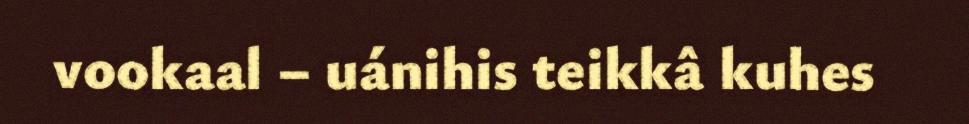
vookaal – uánihis teikkâ kuhes